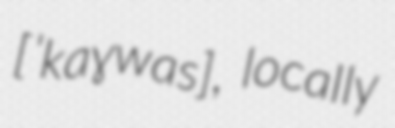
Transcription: [ˈkaɣwas], locally